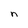
Character: n